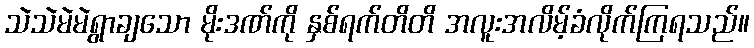
သဲသဲမဲမဲရွာချသော မိုးဒဏ်ကို နှစ်ရက်တိတိ အလူးအလိမ့်ခံလိုက်ကြရသည်။